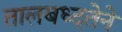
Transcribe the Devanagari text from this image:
तालबध्दतेने